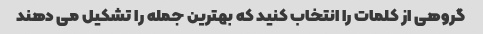
گروهی از کلمات را انتخاب کنید که بهترین جمله را تشکیل می دهند